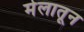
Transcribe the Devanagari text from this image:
मेलातून